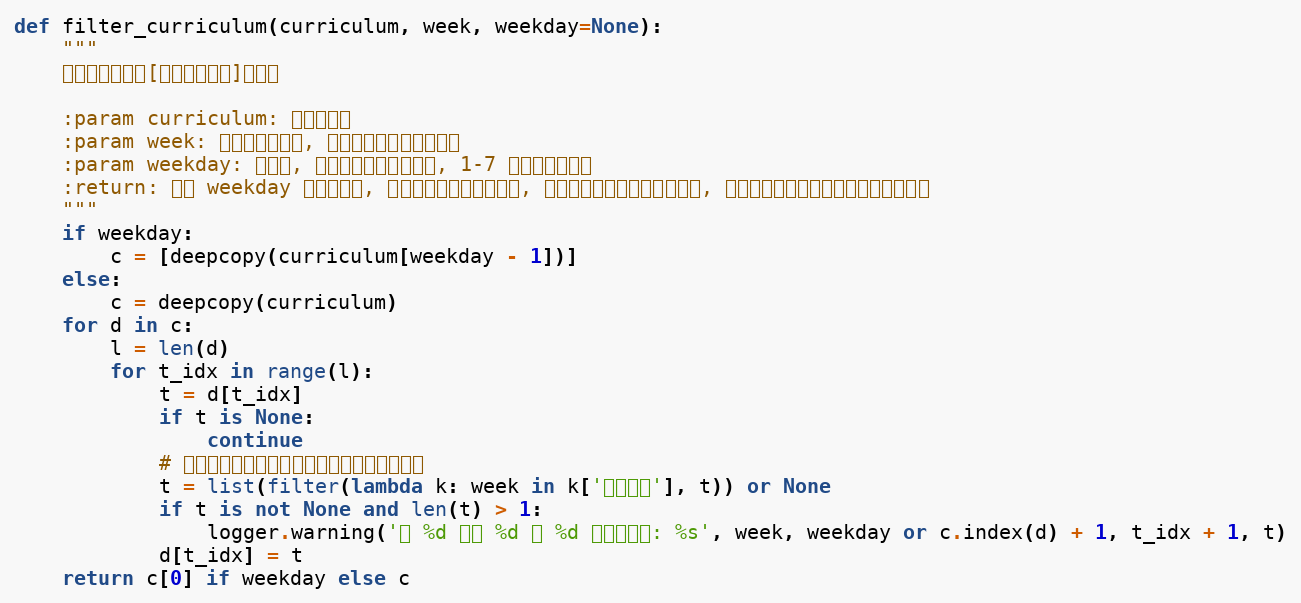
Language: Python
def filter_curriculum(curriculum, week, weekday=None):
    """
    筛选出指定星期[和指定星期几]的课程

    :param curriculum: 课程表数据
    :param week: 需要筛选的周数, 是一个代表周数的正整数
    :param weekday: 星期几, 是一个代表星期的整数, 1-7 对应周一到周日
    :return: 如果 weekday 参数没给出, 返回的格式与原课表一致, 但只包括了在指定周数的课程, 否则返回指定周数和星期几的当天课程
    """
    if weekday:
        c = [deepcopy(curriculum[weekday - 1])]
    else:
        c = deepcopy(curriculum)
    for d in c:
        l = len(d)
        for t_idx in range(l):
            t = d[t_idx]
            if t is None:
                continue
            # 一般同一时间课程不会重复，重复时给出警告
            t = list(filter(lambda k: week in k['上课周数'], t)) or None
            if t is not None and len(t) > 1:
                logger.warning('第 %d 周周 %d 第 %d 节课有冲突: %s', week, weekday or c.index(d) + 1, t_idx + 1, t)
            d[t_idx] = t
    return c[0] if weekday else c